画像に写った文字を読んでください
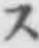
「ス」と書いてあります